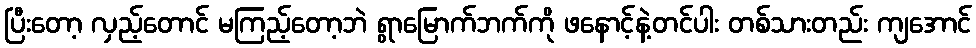
ပြီးတော့ လှည့်တောင် မကြည့်တော့ဘဲ ရွာမြောက်ဘက်ကို ဖနောင့်နဲ့တင်ပါး တစ်သားတည်း ကျအောင်